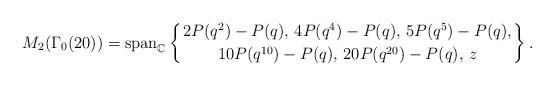
LaTeX: \begin{align*}M_{2}(\Gamma_{0}(20))=\mbox{span}_{\mathbb{C}}\left\{2P(q^{2})-P(q),\,4P(q^4)-P(q),\,5P(q^5)-P(q),\atop10P(q^{10})-P(q),\,20P(q^{20})-P(q),\,z\right\}.\end{align*}